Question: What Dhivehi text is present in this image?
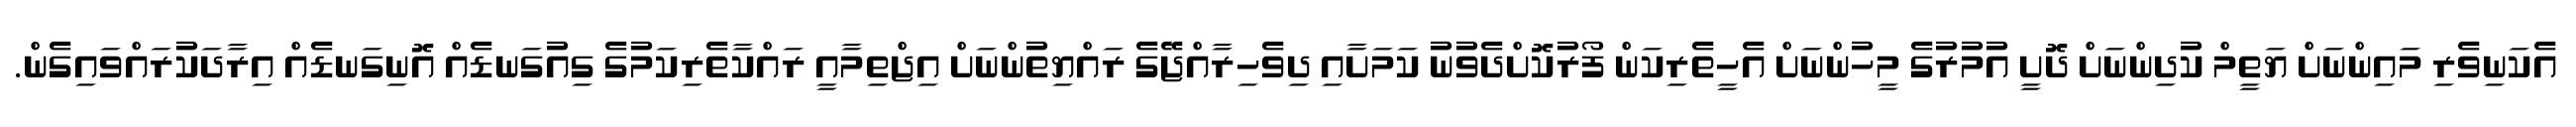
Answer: އެކަނިވެރި މައިންނަށް ޔަތީމް ކުދިންނަށް ދޮށީ އުމުރުގެ މީހުންނަށް އެހީތެރިކަން ފޯރުކޮށްދެވުނު ކަމަށާއި ދިވެހިރާއްޖޭގެ ރައްޔިތުންނަށް އިޖްތިމާއީ ރައްކާތެރިކަމުގެ ގިއުގަނޑެއް އޮނިގަނޑެއް އިރާދަކުރައްވައިގެން.